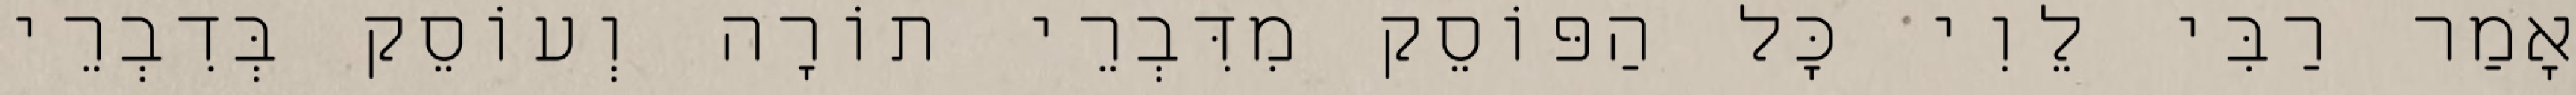
אָמַר רַבִּי לֵוִי כׇּל הַפּוֹסֵק מִדִּבְרֵי תוֹרָה וְעוֹסֵק בְּדִבְרֵי